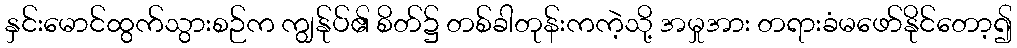
နှင်းမောင်ထွက်သွားစဉ်က ကျွန်ုပ်၏ စိတ်၌ တစ်ခါတုန်းကကဲ့သို့ အမှုအား တရားခံမဖော်နိုင်တော့၍